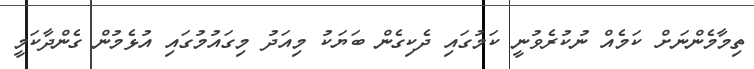
ތިމާމެންނަށް ކަމެއް ނުކުރެވުނީ ކަމުގައި ދެކިގެން ބަޔަކު މިއަދު މިގައުމުގައި އުޅެމުން ގެންދާކަމީ